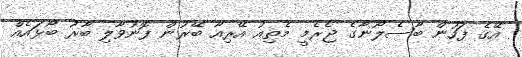
އޭގެ ފަހުން ބާސެލޯނާގެ ޖެރެމީ މެތިއު އޭރިއާ ބޭރުން ފޮނުވާލި ބާރު ބޯޅައެއް